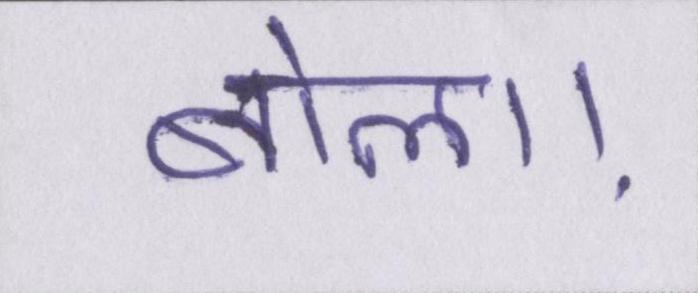
बोला।